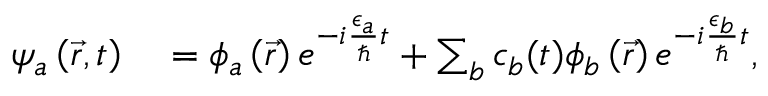
\begin{array} { r l } { \psi _ { a } \left( \vec { r } , t \right) } & { { } = \phi _ { a } \left( \vec { r } \right) e ^ { - i \frac { \epsilon _ { a } } { \hbar } t } + \sum _ { b } c _ { b } ( t ) \phi _ { b } \left( \vec { r } \right) e ^ { - i \frac { \epsilon _ { b } } { \hbar } t } , } \end{array}